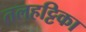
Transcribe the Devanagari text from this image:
तलहट्टिका